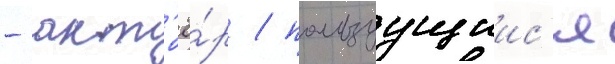
- акт'ё́р / пользуущиис'я